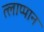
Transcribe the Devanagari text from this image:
त्लाप्पान